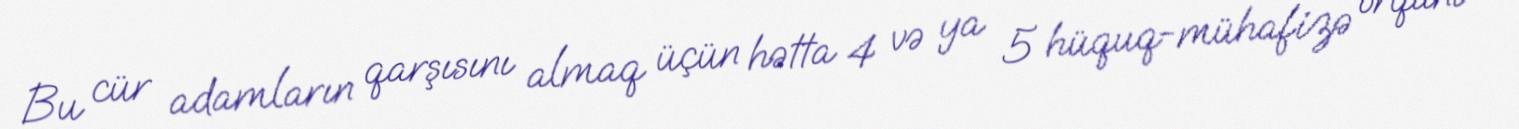
Bu cür adamların qarşısını almaq üçün hətta 4 və ya 5 hüquq-mühafizə orqanı